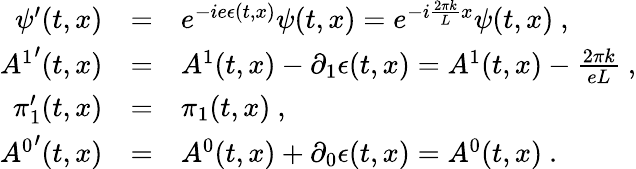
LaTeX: \begin{array}{rcl}{{\psi^{\prime}(t,x)}}&{{=}}&{{e^{-ie\epsilon(t,x)}\psi(t,x)=e^{-i\frac{2\pi k}{L}x}\psi(t,x)\ ,}}\\ {{{A^{1}}^{\prime}(t,x)}}&{{=}}&{{A^{1}(t,x)-\partial_{1}\epsilon(t,x)=A^{1}(t,x)-\frac{2\pi k}{eL}\ ,}}\\ {{\pi_{1}^{\prime}(t,x)}}&{{=}}&{{\pi_{1}(t,x)\ ,\ }}\\ {{{A^{0}}^{\prime}(t,x)}}&{{=}}&{{A^{0}(t,x)+\partial_{0}\epsilon(t,x)=A^{0}(t,x)\ .}}\end{array}